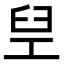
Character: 𬛸